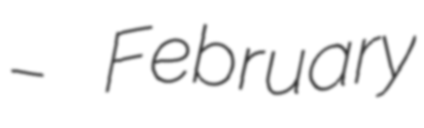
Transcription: – February